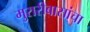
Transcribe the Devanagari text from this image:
मुरारीबासांचा